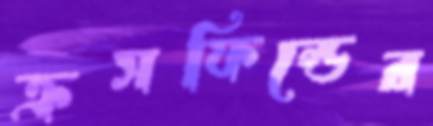
ক্রসফিল্ডের